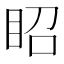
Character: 眧